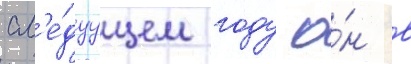
сл'е́дуущем году о́н в